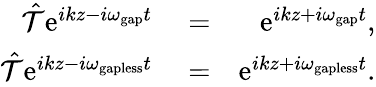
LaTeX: \begin{array}{rlr}{\hat{\mathcal T}\mathrm{e}^{ikz-i\omega_{\mathrm{gap}}t}}&{{}=}&{\mathrm{e}^{ikz+i\omega_{\mathrm{gap}}t},}\\ {\hat{\mathcal T}\mathrm{e}^{ikz-i\omega_{\mathrm{gapless}}t}}&{{}=}&{\mathrm{e}^{ikz+i\omega_{\mathrm{gapless}}t}.}\end{array}